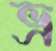
ভ্র